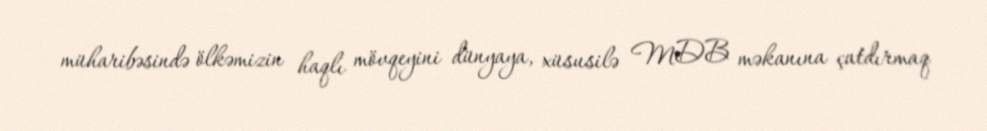
müharibəsində ölkəmizin haqlı mövqeyini dünyaya, xüsusilə MDB məkanına çatdırmaq